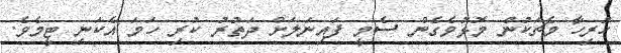
ހުރިހާ މެޗަކުން މޮޅުވެގެން ސެމީ ފައިނަލަށް ދަތުރު ކުރި ހަމަ އެކަނި ޓީމެވެ.